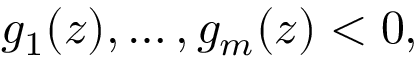
g _ { 1 } ( z ) , \ldots , g _ { m } ( z ) < 0 ,